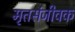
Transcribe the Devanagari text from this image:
मृतसंजीवक